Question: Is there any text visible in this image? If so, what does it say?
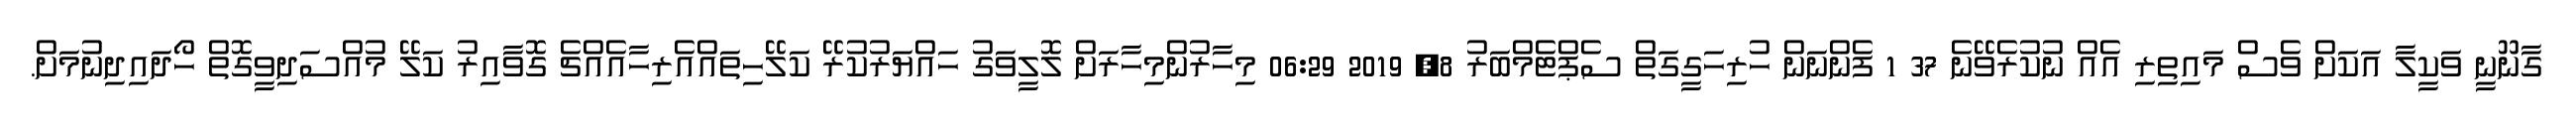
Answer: ގާނޫނީ ވަކީލާ އަކަށް ވެސް މައިތިރި އެއް ނުކުރެވޭނެ 37 1 ފެންނަން ހުރިހަގީގަތް ސެޕްޓެމްބަރު 8, 2019 06:29 މިހާރުންމިހާރަށް ލޮލީވަގު ހައްޔަރުކުރޭ ކަލޭހިތައްއެރިހާއެއްޗެ ގޮވާއިރު ކަލޭ މުއްސަދިވީގޮތް ހޯދައިދިނުމަށް.